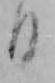
日